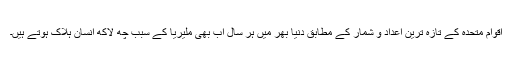
اقوام متحدہ کے تازہ ترین اعداد و شمار کے مطابق دنیا بھر میں ہر سال اب بھی ملیریا کے سبب چھ لاکھ انسان ہلاک ہوتے ہیں۔